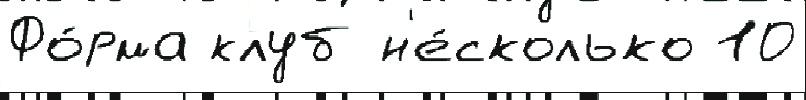
Фо́рма клуб н'е́сколько 10